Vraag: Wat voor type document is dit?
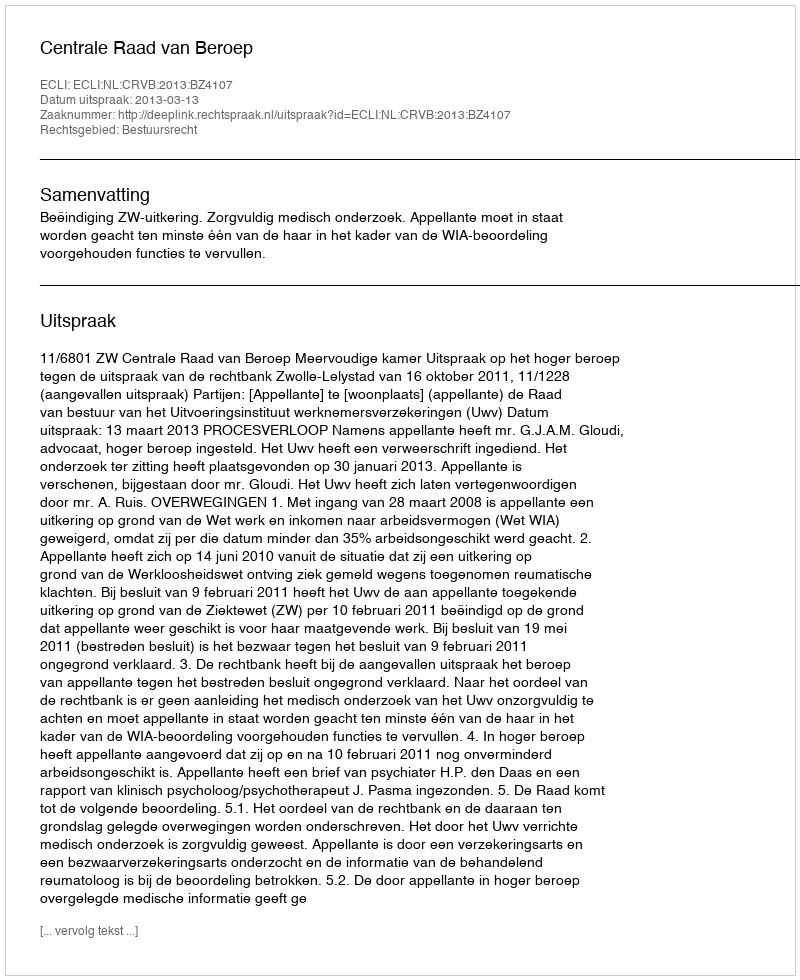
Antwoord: Uitspraak